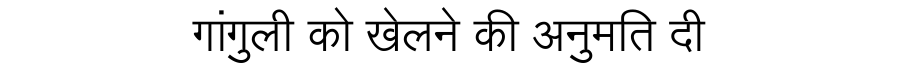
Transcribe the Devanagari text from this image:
गांगुली को खेलने की अनुमति दी